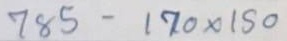
785 - 170 x 150